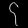
Digit: ၄